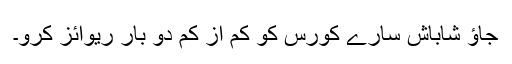
جاؤ شاباش سارے کورس کو کم از کم دو بار ریوائز کرو۔